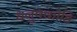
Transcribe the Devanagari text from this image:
धनुषकोडि